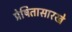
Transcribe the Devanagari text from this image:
प्रेषितासारखे